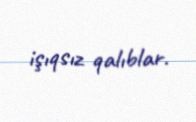
işıqsız qalıblar.